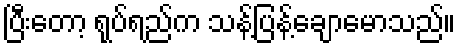
ပြီးတော့ ရုပ်ရည်က သန့်ပြန့်ချောမောသည်။